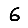
Digit: 6